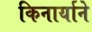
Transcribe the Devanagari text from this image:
किनार्याने